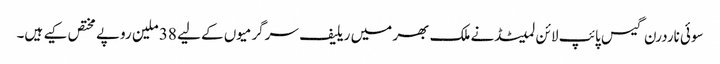
سوئی ناردرن گیس پائپ لائن لمیٹڈنے ملک بھر میں ریلیف سرگرمیوں کے لیے 38 ملین روپے مختص کیے ہیں۔